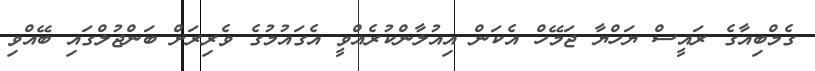
ގެމްބިއާގެ ރައީސް ޔަހްޔާ ޖަމޭހް އެކަން އިއުލާންކުރެއްވީ އެގައުމުގެ ވެރިރަށް ބަންޖުލްގައި ބޭއްވި